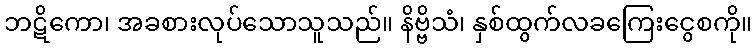
ဘဋိကော၊ အခစားလုပ်သောသူသည်။ နိဗ္ဗိသံ၊ နှစ်ထွက်လခကြေးငွေစကို။